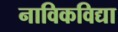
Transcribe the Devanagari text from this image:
नाविकविद्या